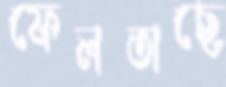
ফেলতাছে